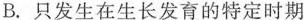
B.只发生在生长发育的特定时期